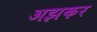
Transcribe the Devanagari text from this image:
अझकर